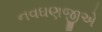
નવઘણજીએ